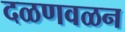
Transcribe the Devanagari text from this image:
दळणवळन